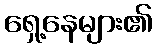
ရှေ့နေများ၏